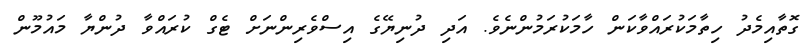
ގޮތާއިމެދު ހިތާމަކުރައްވާކަން ހާމަކުރަމުންނެވެ. އަދި ދުނިޔޭގެ އިސްވެރިންނަށް ޓެގް ކުރައްވާ ދުންޔާ މައުމޫން